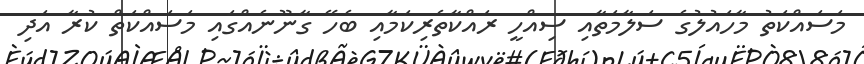
މަސައްކަތު މާހައުލުގެ ސަލާމަތާއި ސިއްހީ ރައްކާތެރިކަމާއި ބެހޭ ގާނޫނެއްގައި މަސައްކަތް ކުރާ އަދި